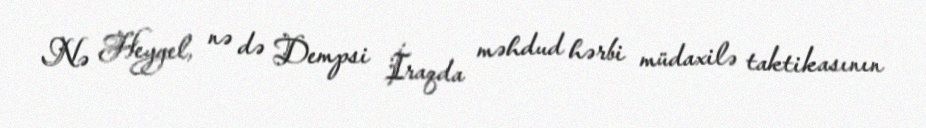
Nə Heygel, nə də Dempsi İraqda məhdud hərbi müdaxilə taktikasının